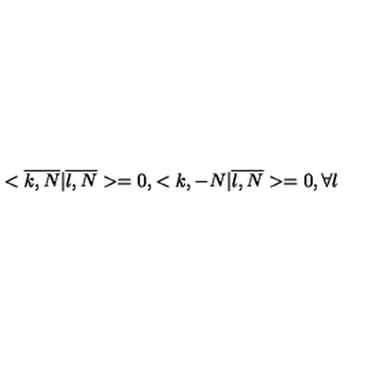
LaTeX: < \overline { { k , N } } | \overline { { l , N } } > = 0 , < k , - N | \overline { { l , N } } > = 0 , \forall l